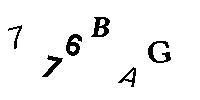
776BAG